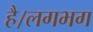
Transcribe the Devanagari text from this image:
है।लगभग